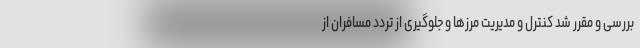
بررسی و مقرر شد کنترل و مدیریت مرزها و جلوگیری از تردد مسافران از